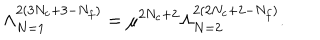
\Lambda _ { N = 1 } ^ { 2 ( 3 N _ { c } + 3 - N _ { f } ) } = \mu ^ { 2 N _ { c } + 2 } \Lambda _ { N = 2 } ^ { 2 ( 2 N _ { c } + 2 - N _ { f } ) } .